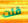
قلت